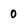
Character: 0